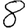
Digit: 8